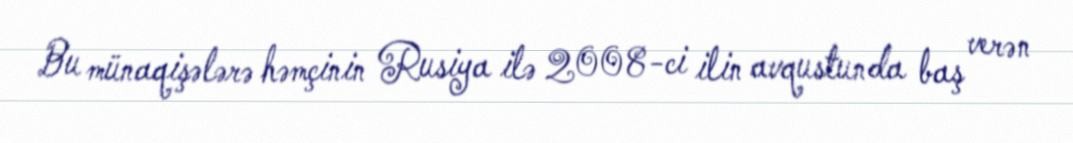
Bu münaqişələrə həmçinin Rusiya ilə 2008-ci ilin avqustunda baş verən